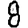
Digit: 8